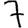
Digit: 7